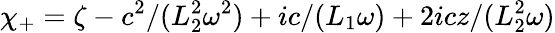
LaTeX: \chi_{+}=\zeta-c^{2}/(L_{2}^{2}\omega^{2})+ic/(L_{1}\omega)+2icz/(L_{2}^{2}\omega)